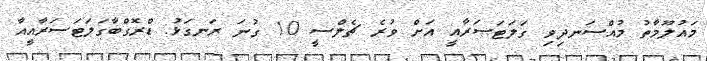
މައުލޫމާތު މުއްސަނދިވި ގަލަޓަސަރާއީ އަށް ވުރެ ޗެލްސީ 10 ގުނަ ރަނގަޅު: ޑްރޮގްބާގަލަޓަސަރާއީއާ